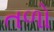
તળો